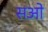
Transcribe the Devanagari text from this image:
सओ